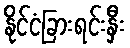
နိုင်ငံခြားရင်းနှီး